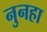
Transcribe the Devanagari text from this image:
नुनहा